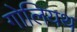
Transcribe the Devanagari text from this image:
गोलियथ